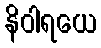
နိဝါရယေ